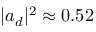
| a _ { d } | ^ { 2 } \approx 0 . 5 2